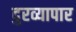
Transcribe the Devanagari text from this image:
दुरव्यापार